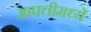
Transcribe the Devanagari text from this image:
आपत्तीमध्ये